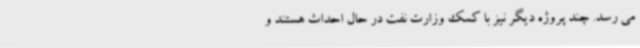
می رسد. چند پروژه دیگر نیز با کمک وزارت نفت در حال احداث هستند و